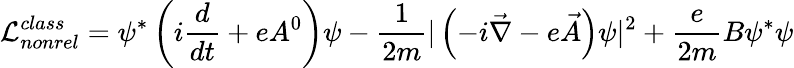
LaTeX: {\cal{L}}_{nonrel}^{class}=\psi^{*}\left(i\frac{d}{dt}+eA^{0}\right)\psi-\frac{1}{2m}|\left(-i\vec{\nabla}-e\vec{A}\right)\psi|^{2}+\frac{e}{2m}B\psi^{*}\psi